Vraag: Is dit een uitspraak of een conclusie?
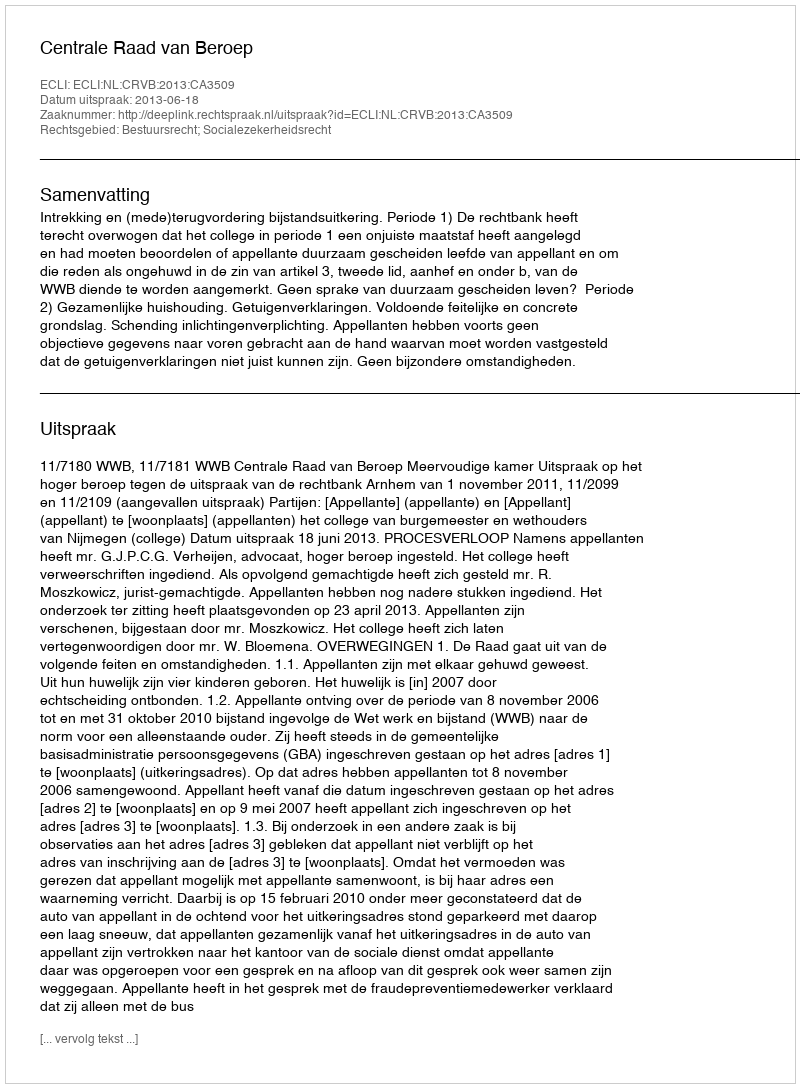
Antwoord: Uitspraak